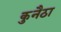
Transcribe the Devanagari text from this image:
कुनैठा